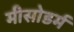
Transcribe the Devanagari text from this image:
मीसोडर्म